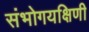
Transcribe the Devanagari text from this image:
संभोगयक्षिणी